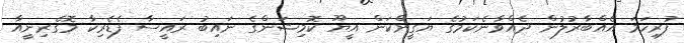
ފުރިހަމަ އެއްބާރުލުން ދެއްވާނެކަމުގެ ޔަގީންކަން އީޔޫ ކޮމިޝަންގެ ނައިބު ރައީސާ ފެޑެރިކާ މޮގެރިނީއާ